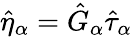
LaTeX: \hat{\eta}_{\alpha}=\hat{G}_{\alpha}\hat{\tau}_{\alpha}